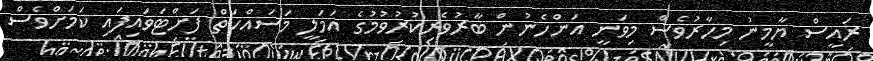
ރައީސް ޔާމީނު މިހާރުވެސް މިވަނީ އަންހެނުން ބާރުވެރިކުރުވުމުގެ އަމަލީ މަސައްކަތް ފަށްޓަވައިފައި ކަމަށްވެސް